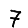
Digit: 7